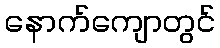
နောက်ကျောတွင်